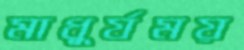
মাধুর্যময়